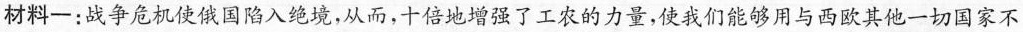
材料一：战争危机使俄国陷入绝境，从而，十倍地增强了工农的力量，使我们能够用与西欧其他一切国家不